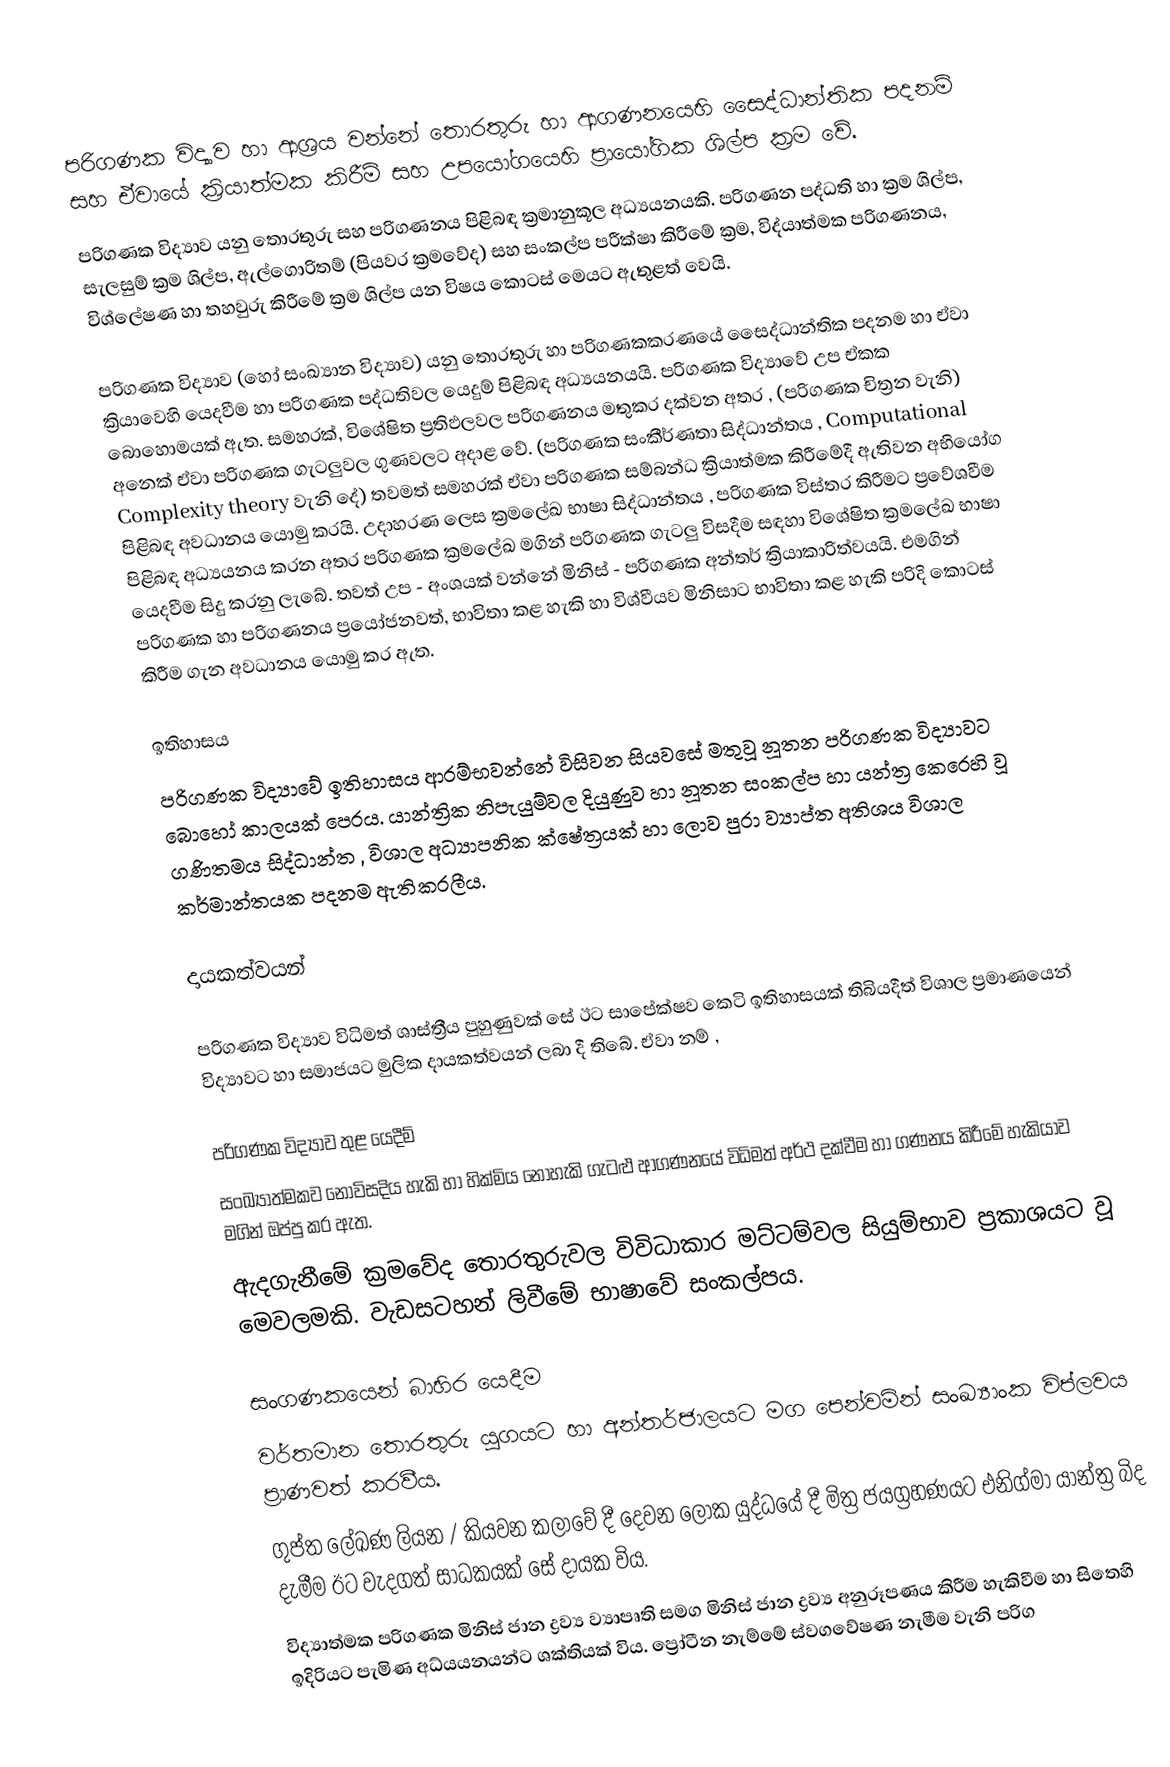
පරිගණක විද්‍යාව හා ආශ්‍රය වන්නේ තොරතුරු හා ආගණනයෙහි සෛද්ධාන්තික පදනම් සහ ඒවා‍යේ ක්‍රියාත්මක කිරීම් සහ උපයෝගයෙහි ප්‍රායෝගික ශිල්ප ක්‍රම වේ.
පරිගණක විද්‍යාව යනු තොරතුරු සහ පරිගණනය පිළිබඳ ක්‍රමානුකූල අධ්‍යයනයකි. පරිගණන පද්ධති හා ක්‍රම ශිල්ප, සැලසුම් ක්‍රම ශිල්ප, ඇල්ගොරිතම් (පියවර ක්‍රම‍වේද) සහ සංකල්ප පරීක්ෂා කිරී‍මේ ක්‍රම, විද්යාත්මක පරිගණනය, විශ්ලේෂණ හා තහවුරු කිරීමේ ක්‍රම ශිල්ප යන විෂය කොටස් මෙයට ඇතුළත් වෙයි.

පරිගණක විද්‍යාව (හෝ සංඛ්‍යාන විද්‍යාව) යනු තොරතුරු හා පරිගණකකරණයේ සෛද්ධාන්තික පදනම හා ඒවා ක්‍රියාවෙහි යෙදවීම හා පරිගණක පද්ධතිවල යෙදුම් පිළිබඳ අධ්‍යයනයයි. පරිගණක විද්‍යාවේ උප ඒකක බොහොමයක් ඇත. සමහරක්, විශේෂිත ප්‍රතිඵලවල පරිගණනය මතුකර දක්වන අතර , (පරිගණක චිත්‍රන වැනි) අනෙක් ඒවා පරිගණක ගැටලුවල ගුණවලට අදාළ වේ. (පරිගණක සංකීර්ණතා සිද්ධාන්තය , Computational Complexity theory වැනි දේ) තවමත් සමහරක් ඒවා පරිගණක සම්බන්ධ ක්‍රියාත්මක කිරීමේදී ඇතිවන අභියෝග පිළිබඳ අවධානය යොමු කරයි. උදාහරණ ලෙස ක්‍රමලේඛ භාෂා සිද්ධාන්තය , පරිගණක විස්තර කිරීමට ප්‍රවේශවීම පිළිබඳ අධ්‍යයනය කරන අතර පරිගණක ක්‍රමලේඛ මගින් පරිගණක ගැටලු විසදීම සඳහා විශේෂිත ක්‍රමලේඛ භාෂා යෙදවීම සිදු කරනු ලැබේ. තවත් උප - අංශයක් වන්නේ මිනිස් - පරිගණක අන්තර් ක්‍රියාකාරිත්වයයි. එමගින් පරිගණක හා පරිගණනය ප්‍රයෝජනවත්, භාවිතා කළ හැකි හා විශ්වීයව මිනිසාට භාවිතා කළ හැකි පරිදි කොටස් කිරීම ගැන අවධානය යොමු කර ඇත.

ඉතිහාසය
පරිගණක විද්‍යාවේ ඉතිහාසය ආරම්භවන්නේ විසිවන සියවසේ මතුවූ නූතන පරිගණක විද්‍යාවට බොහෝ කාලයක් පෙරය. යාන්ත්‍රික නිපැයුම්වල දියුණුව හා නූතන සංකල්ප හා යන්ත්‍ර කෙරෙහි වූ ගණිතමය සිද්ධාන්ත , විශාල අධ්‍යාපනික ක්ෂේත්‍රයක් හා ලොව පුරා ව්‍යාප්ත අතිශය විශාල කර්මාන්තයක පදනම ඇතිකරලීය.

දායකත්වයන්

පරිගණක විද්‍යාව විධිමත් ශාස්ත්‍රීය පුහුණුවක් සේ ඊට සාපේක්ෂව කෙටි ඉතිහාසයක් තිබියදීත් විශාල ප්‍රමාණයෙන් විද්‍යාවට හා සමාජයට මුලික දායකත්වයන් ලබා දී තිබේ. ඒවා නම් ,

පරිගණක විද්‍යාව තුළ යෙදීම්
සංඛ්‍යාත්මකව නොවිසදිය හැකි හා හික්මිය නොහැකි ගැටළු ආගණනයේ විධිමත් අර්ථ දක්වීම හා ගණනය කිරීමේ හැකියාව මගින් ඔප්පු කර ඇත.
ඇදගැනීමේ ක්‍රමවේද තොරතුරුවල විවිධාකාර මට්ටම්වල සියුම්භාව ප්‍රකාශයට වූ මෙවලමකි. වැඩසටහන් ලිවීමේ භාෂාවේ සංකල්පය.

සංගණකයෙන් බාහිර යෙදීම
වර්තමාන තොරතුරු යුගයට හා අන්තර්ජාලයට මග පෙන්වමින් සංඛ්‍යාංක විප්ලවය ප්‍රාණවත් කරවීය.
ගුප්ත ලේඛණ ලියන / කියවන කලාවේ දී දෙවන ලෝක යුද්ධයේ දී මිත්‍ර ජයග්‍රහණයට එනිග්මා යාන්ත්‍ර බිද දැමීම ඊට වැදගත් සාධකයක් සේ දායක ‍විය.
විද්‍යාත්මක පරිගණක මිනිස් ජාන ද්‍රව්‍ය ව්‍යාපෘති සමග මිනිස්  ජාන ද්‍රව්‍ය අනුරූපණය කිරීම හැකිවීම හා සිතෙහි ඉදිරියට පැමිණ අධ්යයනයන්ට ශක්තියක් විය. ප්‍රෝටීන නැම්මේ ස්වගවේෂණ නැමීම වැනි පරිග